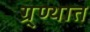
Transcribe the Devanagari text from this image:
ग्र्ण्थात